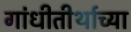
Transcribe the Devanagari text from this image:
गांधीतीर्थाच्या